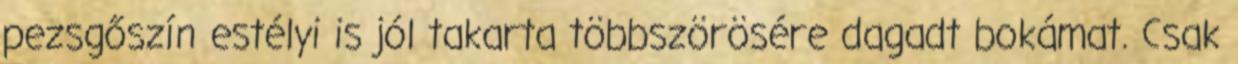
pezsgőszín estélyi is jól takarta többszörösére dagadt bokámat. Csak